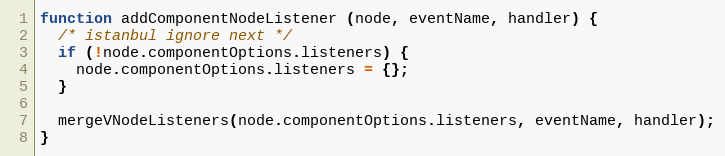
Language: JavaScript
function addComponentNodeListener (node, eventName, handler) {
  /* istanbul ignore next */
  if (!node.componentOptions.listeners) {
    node.componentOptions.listeners = {};
  }

  mergeVNodeListeners(node.componentOptions.listeners, eventName, handler);
}